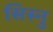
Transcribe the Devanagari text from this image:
सिस्नु